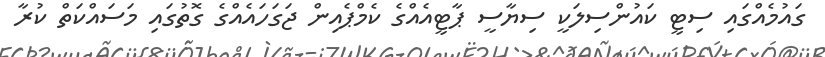
ގައުމެއްގައި ސިޓީ ކައުންސިލަކީ ސިޔާސީ ޕާޓީއެއްގެ ކެމްޕެއިން ޖަގަހައެއްގެ ގޮތުގައި މަސައްކަތް ކުރާ